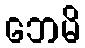
ဘေမိ